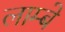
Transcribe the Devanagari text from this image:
लाम्बे